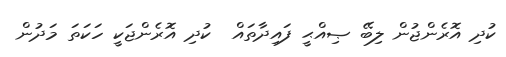
ކުދި އޮރެންޖުން ލިބޭ ޞިއްޙީ ފައިދާތައް  ކުދި އޮރެންޖަކީ ހަކަތަ މަދުން